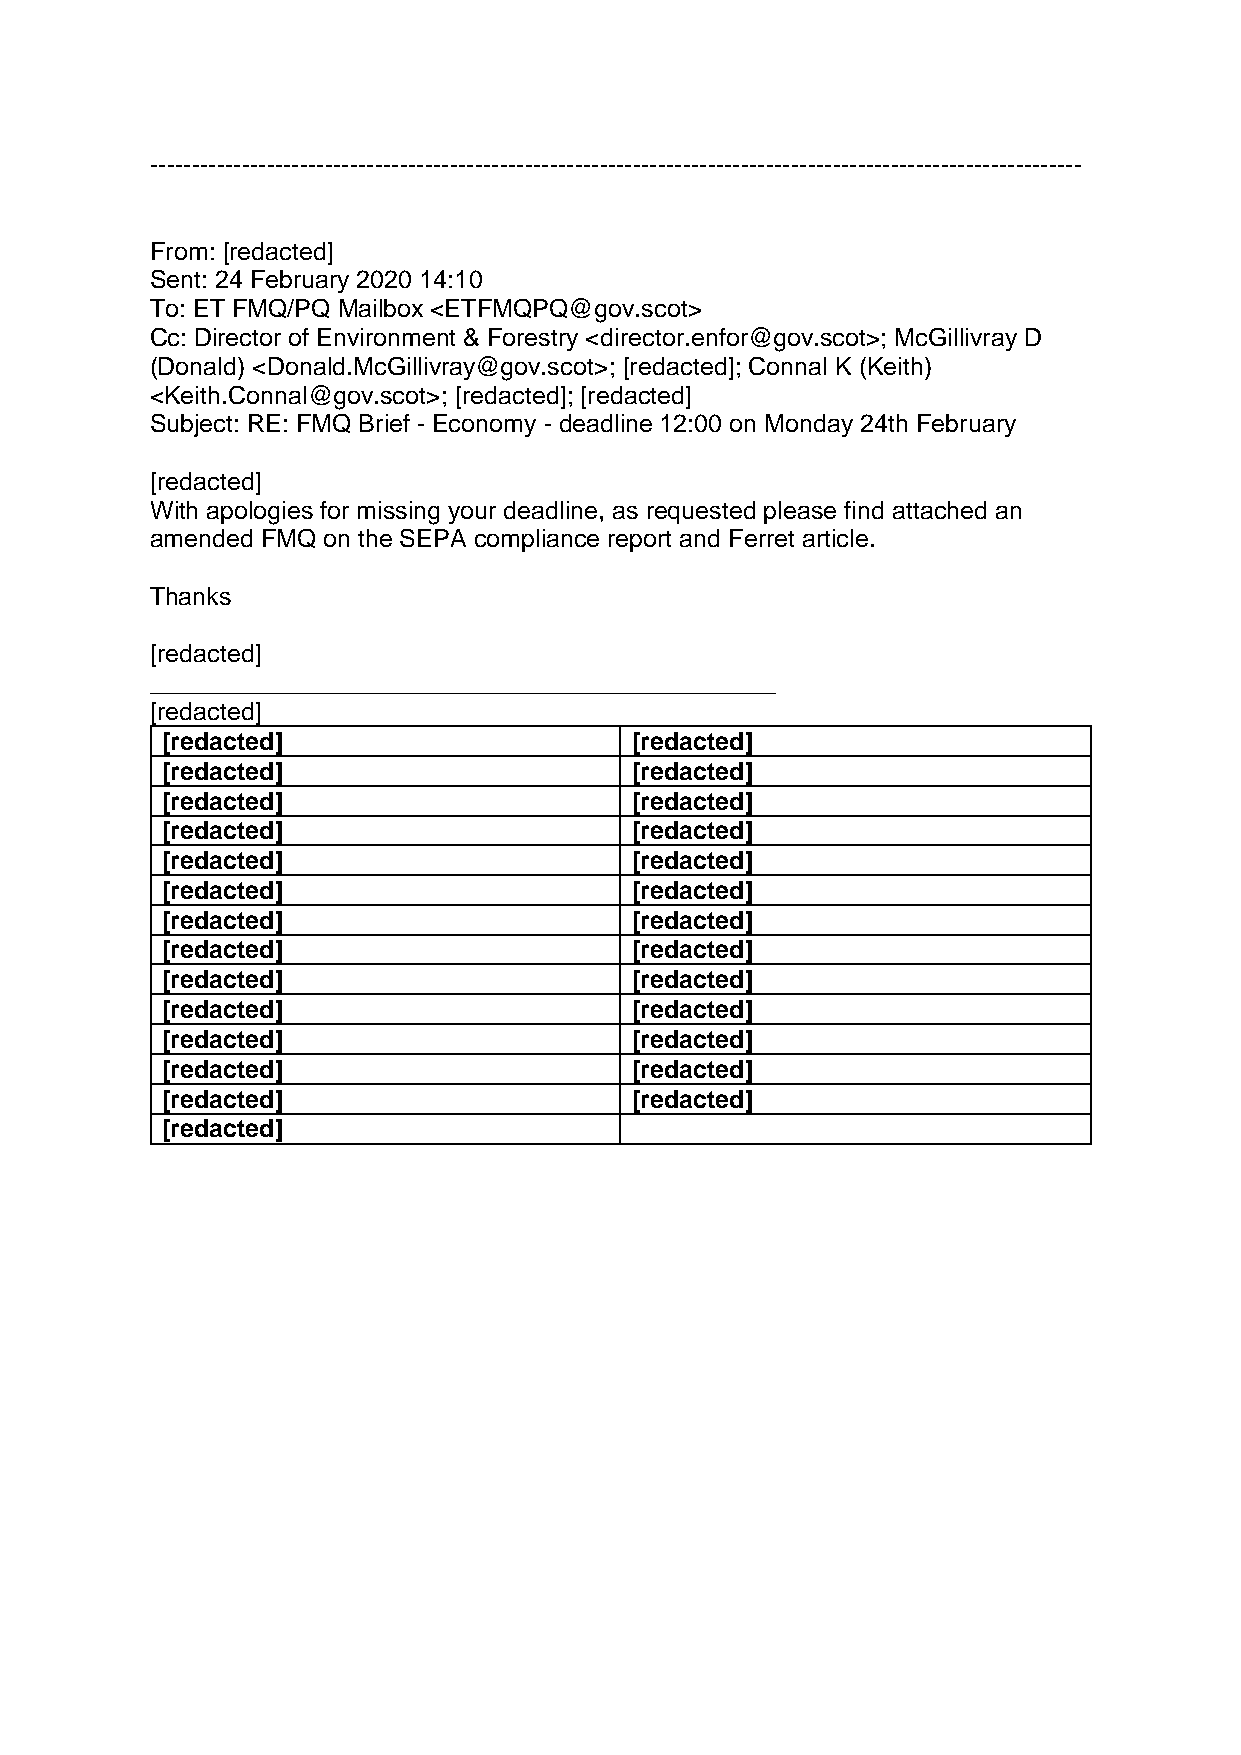
----------------------------------------------------------------------------------------------------------------
 From: [redacted]
 Sent: 24 February 2020 14:10
 To: ET FMQ/PQ Mailbox <ETFMQPQ@gov.scot>
 Cc: Director of Environment & Forestry <director.enfor@gov.scot>; McGillivray D
 (Donald) <Donald.McGillivray@gov.scot>; [redacted]; Connal K (Keith)
 <Keith.Connal@gov.scot>; [redacted]; [redacted]
 Subject: RE: FMQ Brief - Economy - deadline 12:00 on Monday 24th February
 [redacted]
 With apologies for missing your deadline, as requested please find attached an
 amended FMQ on the SEPA compliance report and Ferret article.
 Thanks
 [redacted]
 _____________________________________________
 [redacted]
 [redacted]                     [redacted]
 [redacted]                     [redacted]
 [redacted]                     [redacted]
 [redacted]                     [redacted]
 [redacted]                     [redacted]
 [redacted]                     [redacted]
 [redacted]                     [redacted]
 [redacted]                     [redacted]
 [redacted]                     [redacted]
 [redacted]                     [redacted]
 [redacted]                     [redacted]
 [redacted]                     [redacted]
 [redacted]                     [redacted]
 [redacted]